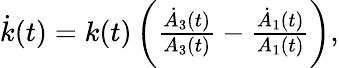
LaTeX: \begin{array}{r}{\dot{k}(t)=k(t)\left(\frac{\dot{A}_{3}(t)}{A_{3}(t)}-\frac{\dot{A}_{1}(t)}{A_{1}(t)}\right),}\end{array}